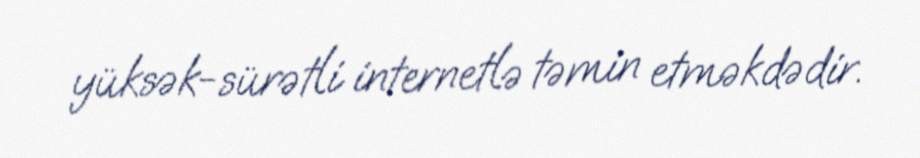
yüksək-sürətli internetlə təmin etməkdədir.